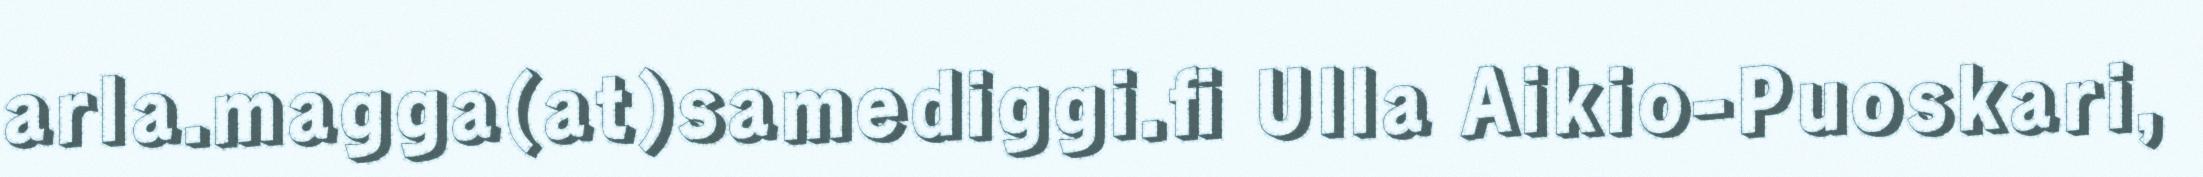
arla.magga(at)samediggi.fi Ulla Aikio-Puoskari,